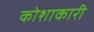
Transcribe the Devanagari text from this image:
कोशाकारी